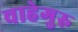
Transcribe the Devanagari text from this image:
वाहेगुरु